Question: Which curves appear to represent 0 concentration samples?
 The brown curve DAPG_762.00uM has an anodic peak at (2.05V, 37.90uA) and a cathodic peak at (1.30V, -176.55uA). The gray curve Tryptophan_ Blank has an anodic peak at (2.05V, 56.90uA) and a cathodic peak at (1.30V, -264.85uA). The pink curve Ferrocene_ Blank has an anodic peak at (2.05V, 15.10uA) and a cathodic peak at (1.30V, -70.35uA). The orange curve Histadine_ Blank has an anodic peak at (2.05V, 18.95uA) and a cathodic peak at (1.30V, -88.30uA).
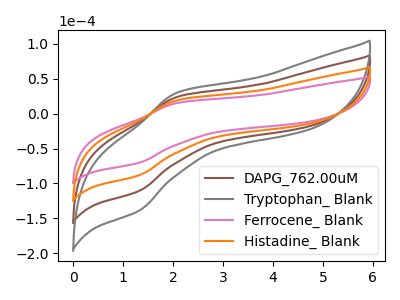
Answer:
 <answer>There are not any CV's on this graph that are likely to be blanks.</answer>
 <eval>none</eval>